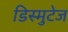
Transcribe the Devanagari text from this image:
डिस्मुटेज